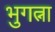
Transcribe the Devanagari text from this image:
भुगत्ना